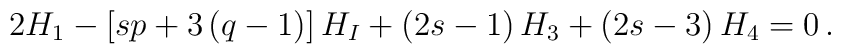
2H_1-\left[sp+3\left(q-1\right)\right]H_I+\left(2s-1\right)H_3+\left(2s-3\right) H_4=0\,.